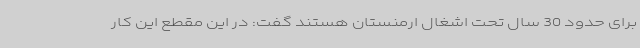
برای حدود 30 سال تحت اشغال ارمنستان هستند گفت: در این مقطع این کار